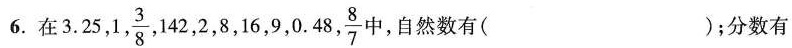
6.在3.25,1,\frac{3}{8},142,2,8,16,9,